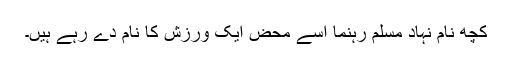
کچھ نام نہاد مسلم رہنما اسے محض ایک ورزش کا نام دے رہے ہیں۔